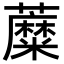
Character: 𧃲